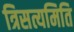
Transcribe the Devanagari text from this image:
त्रिसत्यमिति